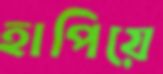
হাপিয়ে